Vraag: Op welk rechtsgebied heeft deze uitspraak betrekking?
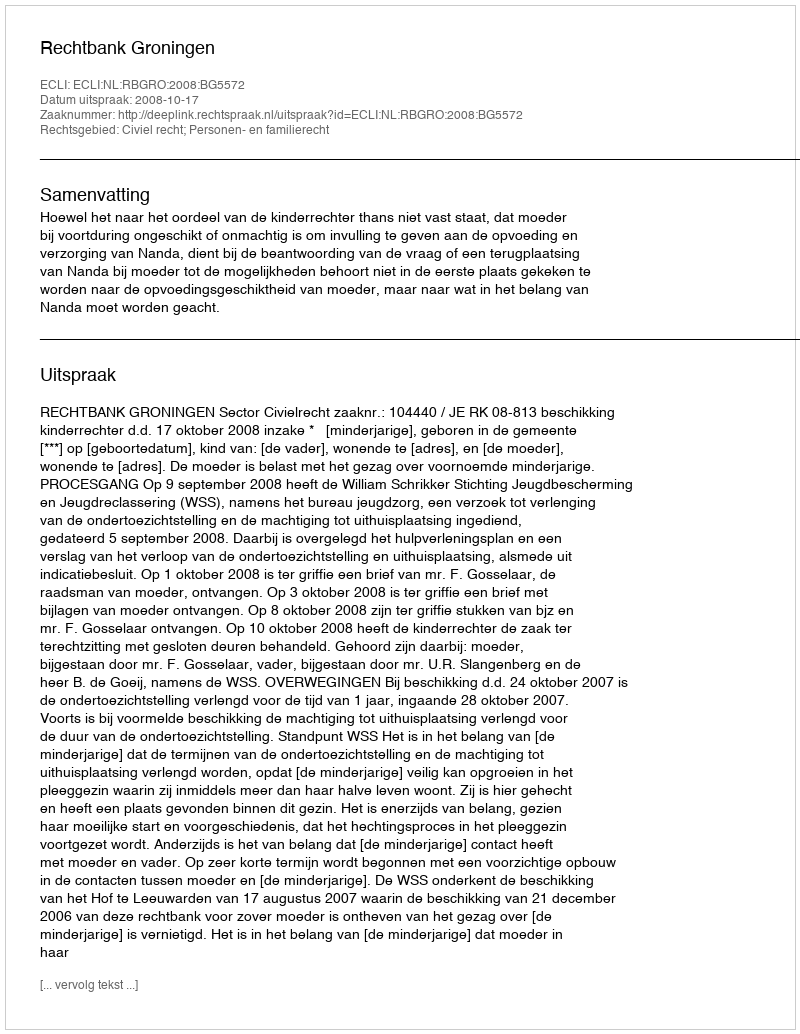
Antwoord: Civiel recht; Personen- en familierecht